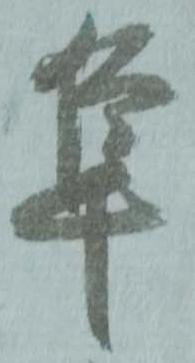
隼